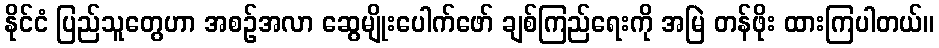
နိုင်ငံ ပြည်သူတွေဟာ အစဉ်အလာ ဆွေမျိုးပေါက်ဖော် ချစ်ကြည်ရေးကို အမြဲ တန်ဖိုး ထားကြပါတယ်။